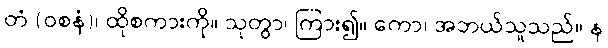
တံ (ဝစနံ)၊ ထိုစကားကို။ သုတွာ၊ ကြား၍။ ကော၊ အဘယ်သူသည်။ န